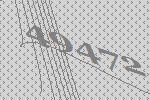
49472